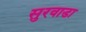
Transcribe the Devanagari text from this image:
सुरवाडा